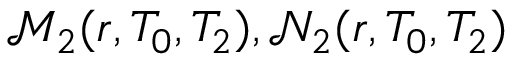
\mathscr { M } _ { 2 } ( r , T _ { 0 } , T _ { 2 } ) , \mathscr { N } _ { 2 } ( r , T _ { 0 } , T _ { 2 } )